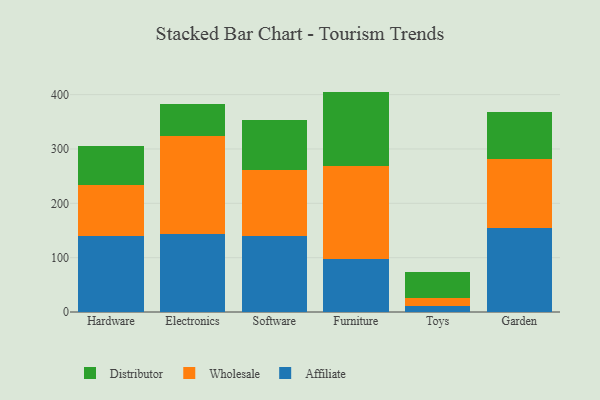
{"axis": {"x": "Category", "y": "Revenue (USD Million)"}, "legend": ["Affiliate", "Distributor", "Wholesale"], "data": [{"x": "Hardware", "y": 140.7, "type": "Affiliate"}, {"x": "Hardware", "y": 93.7, "type": "Wholesale"}, {"x": "Hardware", "y": 70.6, "type": "Distributor"}, {"x": "Electronics", "y": 143.6, "type": "Affiliate"}, {"x": "Electronics", "y": 179.7, "type": "Wholesale"}, {"x": "Electronics", "y": 60.3, "type": "Distributor"}, {"x": "Software", "y": 139.3, "type": "Affiliate"}, {"x": "Software", "y": 122.4, "type": "Wholesale"}, {"x": "Software", "y": 91.2, "type": "Distributor"}, {"x": "Furniture", "y": 98.0, "type": "Affiliate"}, {"x": "Furniture", "y": 170.7, "type": "Wholesale"}, {"x": "Furniture", "y": 136.9, "type": "Distributor"}, {"x": "Toys", "y": 11.6, "type": "Affiliate"}, {"x": "Toys", "y": 14.8, "type": "Wholesale"}, {"x": "Toys", "y": 47.5, "type": "Distributor"}, {"x": "Garden", "y": 154.3, "type": "Affiliate"}, {"x": "Garden", "y": 127.5, "type": "Wholesale"}, {"x": "Garden", "y": 86.4, "type": "Distributor"}]}